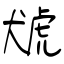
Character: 猇